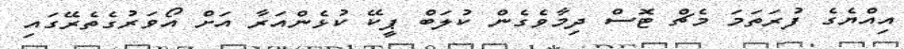
އިއްޔެގެ ފުރަތަމަ މެޗް ޓޮސް ދިމާވެގެން ކުލަބް ޕީކޭ ކުޅެންއަރާ އަށް އޯވަރުގެތެރޭގައި